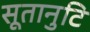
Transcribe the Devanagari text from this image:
सूतानुटि